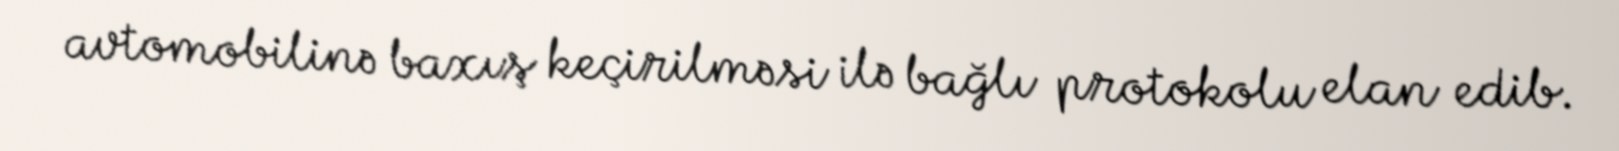
avtomobilinə baxış keçirilməsi ilə bağlı protokolu elan edib.